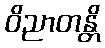
ဝိညာတန္တိ